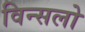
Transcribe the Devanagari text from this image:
विन्सलो